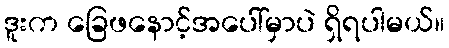
ဒူးက ခြေဖနောင့်အပေါ်မှာပဲ ရှိရပါမယ်။